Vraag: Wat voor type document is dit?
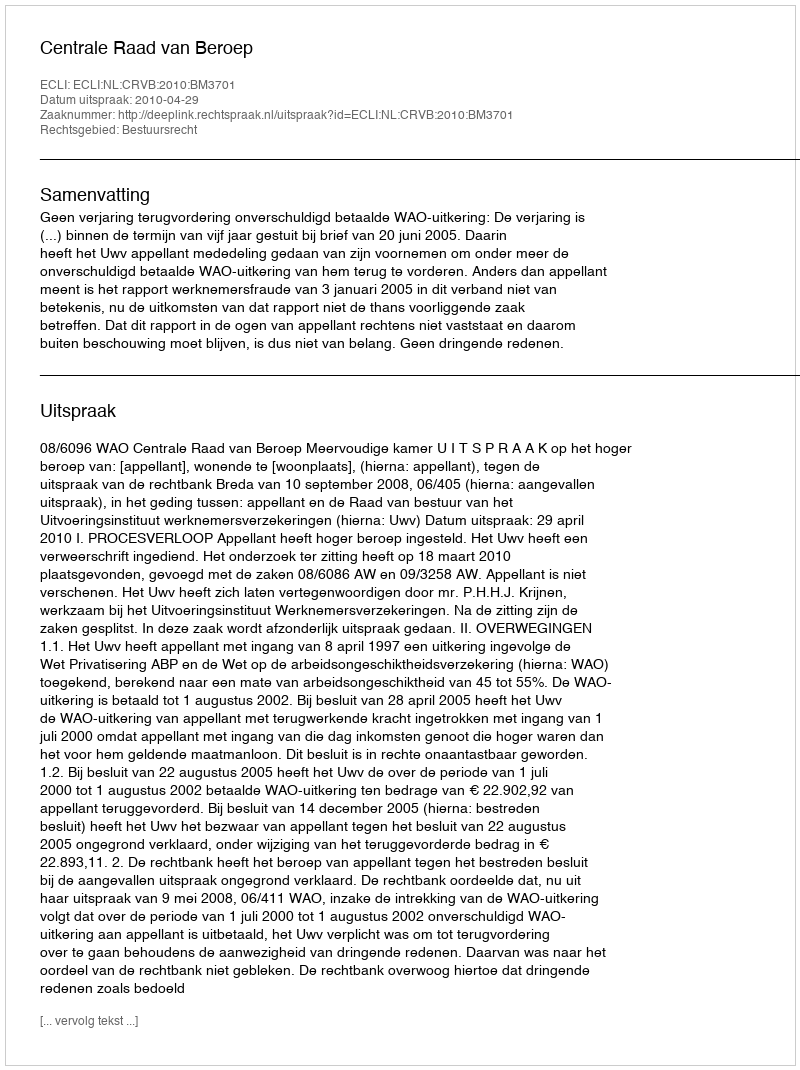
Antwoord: Uitspraak